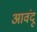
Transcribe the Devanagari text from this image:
आवंदू